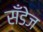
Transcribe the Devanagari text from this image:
सँडेज